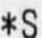
*S